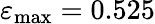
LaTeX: \varepsilon_{\operatorname*{max}}=0.525